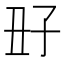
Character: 𡥆